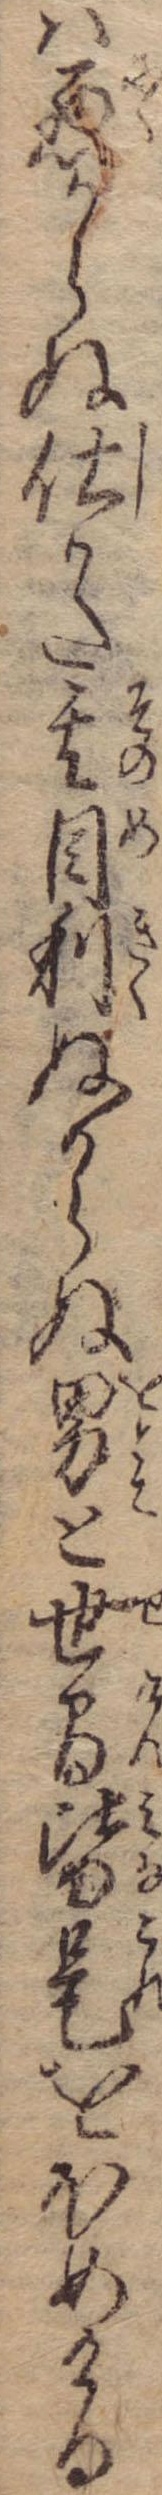
は悪からぬ仕かた其目利ぬからぬ男と世間皆是をほめける